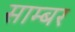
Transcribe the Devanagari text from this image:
साम्बर